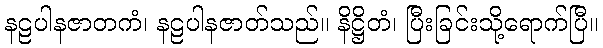
နဠပါနဇာတကံ၊ နဠပါနဇာတ်သည်။ နိဋ္ဌိတံ၊ ပြီးခြင်းသို့ရောက်ပြီ။